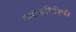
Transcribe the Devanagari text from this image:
तमासगिरिणी